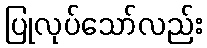
ပြုလုပ်သော်လည်း